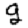
Digit: 9